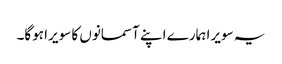
یہ سویرا ہمارے اپنے آسمانوں کا سویرا ہوگا۔